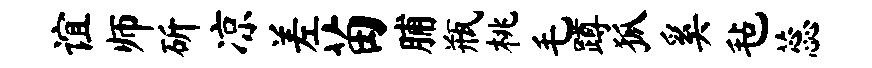
谊师斫凉差苗脯瓶桃毛蹲狐奚毡蕊